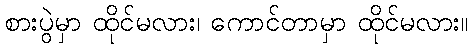
စားပွဲမှာ ထိုင်မလား၊ ကောင်တာမှာ ထိုင်မလား။